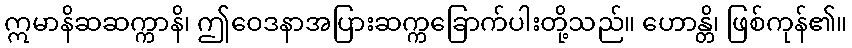
ဣမာနိဆဆက္ကာနိ၊ ဤဝေဒနာအပြားဆက္ကခြောက်ပါးတို့သည်။ ဟောန္တိ၊ ဖြစ်ကုန်၏။